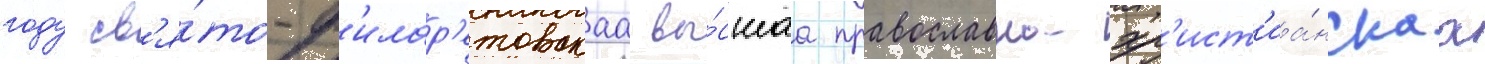
году св'я́то-ф'илар'етовскаа вы́сшаа православно-хр'ист'иа́нскаа